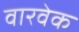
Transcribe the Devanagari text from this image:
वारवेक